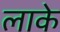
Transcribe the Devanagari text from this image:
लाके